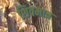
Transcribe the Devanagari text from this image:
शिवमात्र